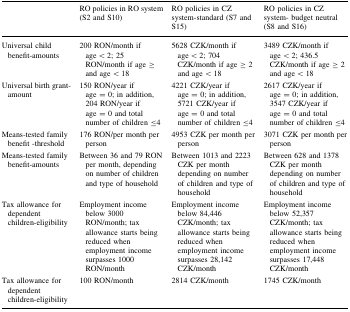
|  | RO policies in RO system (S2 and S10) | RO policies in CZ system-standard (S7 and S15) | RO policies in CZ system- budget neutral (S8 and S16) |
 | --- | --- | --- | --- |
 | Universal child benefit-amounts | 200 RON/month if age < 2; 25 RON/month if age ≥ and age < 18 | 5628 CZK/month if age < 2; 704 CZK/month if age ≥ 2 and age < 18 | 3489 CZK/month if age < 2; 436.5 CZK/month if age ≥ 2 and age < 18 |
 | Universal birth grant-amount | 150 RON/year if age = 0; in addition, 204 RON/year if age = 0 and total number of children ≤4 | 4221 CZK/year if age = 0; in addition, 5721 CZK/year if age = 0 and total number of children ≤4 | 2617 CZK/year if age = 0; in addition, 3547 CZK/year if age = 0 and total number of children ≤4 |
 | Means-tested family benefit -threshold | 176 RON/per month per person | 4953 CZK per month per person | 3071 CZK per month per person |
 | Means-tested family benefit-amounts | Between 36 and 79 RON per month, depending on number of children and type of household | Between 1013 and 2223 CZK per month depending on number of children and type of household | Between 628 and 1378 CZK per month depending on number of children and type of household |
 | Tax allowance for dependent children-eligibility | Employment income below 3000 RON/month; tax allowance starts being reduced when employment income surpasses 1000 RON/month | Employment income below 84,446 CZK/month; tax allowance starts being reduced when employment income surpasses 28,142 CZK/month | Employment income below 52,357 CZK/month; tax allowance starts being reduced when employment income surpasses 17,448 CZK/month |
 | Tax allowance for dependent children-eligibility | 100 RON/month | 2814 CZK/month | 1745 CZK/month |